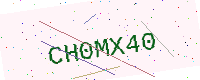
Text: CH0MX40